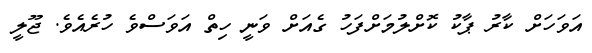
އަވަހަށް ކާރު ޕާކު ކޮށްލުމަށްފަހު ގެއަށް ވަނީ ހިތް އަވަސްވެ ހުރެއެވެ. ޖޫލީ